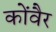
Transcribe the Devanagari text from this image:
कोंवैर